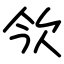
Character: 欦